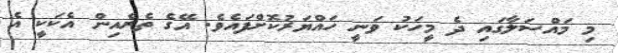
މި މައްސަލާގައި ދެ މީހަކު ވަނީ ހައްޔަރުކޮށްފައެވެ. އޭގެ ތެރެއިން އެކަކީ އެ